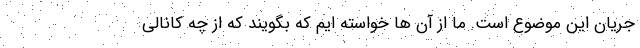
جریان این موضوع است. ما از آن ها خواسته ایم که بگویند که از چه کانالی